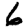
Digit: 6